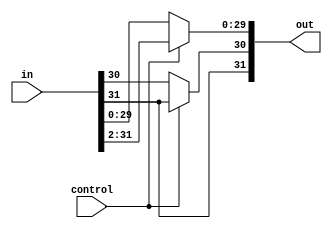
module shift_ari_right_2(out, in, control);
    input [31:0] in;
    input control;
    output [31:0] out;

    assign out[31:30] = control ? {2{in[31]}} : in[31:30];
    assign out[29:0] = control ? in[31:2] : in[29:0];
endmodule